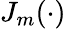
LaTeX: J_{m}(\cdot)